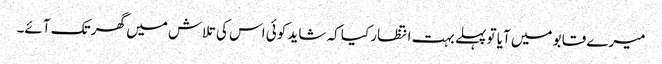
میرے قابو میں آیا تو پہلے بہت انتظار کیا کہ شاید کوئی اس کی تلاش میں گھر تک آئے۔